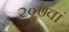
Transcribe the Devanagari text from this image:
२०७वां